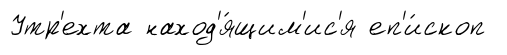
Утр'ехта наход'я́щим'ис'я еп'и́скоп